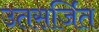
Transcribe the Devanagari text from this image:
उतसर्जित